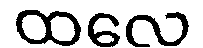
ထလေ